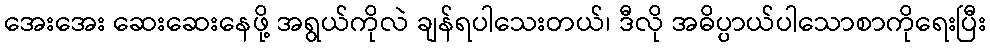
အေးအေး ဆေးဆေးနေဖို့ အရွယ်ကိုလဲ ချန်ရပါသေးတယ်၊ ဒီလို အဓိပ္ပာယ်ပါသောစာကိုရေးပြီး